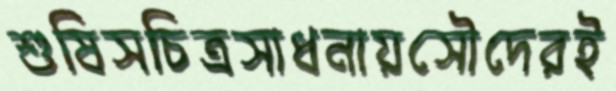
শুষিসচিত্রসাধনায়সৌদেরই